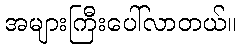
အများကြီးပေါ်လာတယ်။